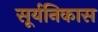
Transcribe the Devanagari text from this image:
सूर्यनिकास